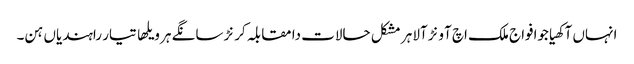
انہاں آکھیاجوافواج ملک اچ آونڑ آلا ہر مشکل حالات دا مقابلہ کرنڑ سانگے ہر ویلھا تیار راہندیاں ہن۔